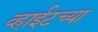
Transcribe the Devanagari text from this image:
व्हाईटच्या